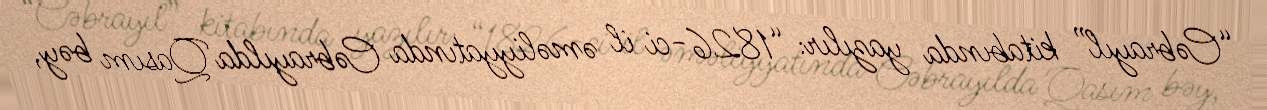
“Cəbrayıl” kitabında yazılır: “1826-ci il əməliyyatında Cəbrayılda Qasım bəy,